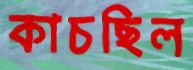
কাচছিল